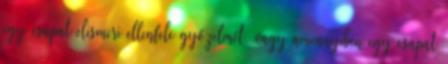
egy csapat elismeri ellenfele győzelmét, vagy amennyiben egy csapat